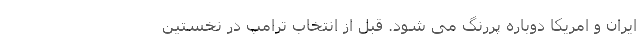
ایران و امریکا دوباره پررنگ می شود. قبل از انتخاب ترامپ در نخستین